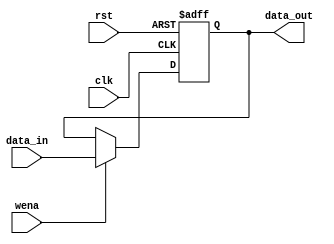
`timescale 1ns / 1ps
//////////////////////////////////////////////////////////////////////////////////
// Company: 
// Engineer: 
// 
// Design Name: 
// Module Name: HILOreg
// Project Name: 
// Target Devices: 
// Tool Versions: 
// Description: 
// 
// Dependencies: 
// 
// Revision:
// Revision 0.01 - File Created
// Additional Comments:
// 
//////////////////////////////////////////////////////////////////////////////////


module HILOreg(
	input clk,                  // 
	input rst,                  // 
	input wena,                 // 
	input [31:0] data_in,       // 
	output [31:0] data_out      // 
);
	reg [31:0] HILO_Reg;         // HILO

	always @(negedge clk or posedge rst)
	begin
		if(rst)                  // 
			HILO_Reg <= 32'h0;   // 0
		else if(wena)            // 
			HILO_Reg <= data_in; // 
	end
	assign data_out = HILO_Reg;  // 

endmodule